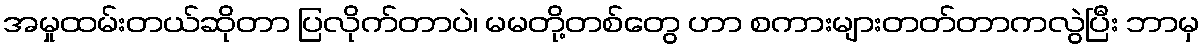
အမှုထမ်းတယ်ဆိုတာ ပြလိုက်တာပဲ၊ မမတို့တစ်တွေ ဟာ စကားများတတ်တာကလွဲပြီး ဘာမှ